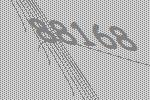
88168